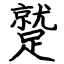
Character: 蹵